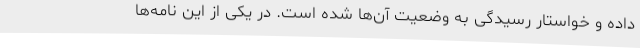
داده و خواستار رسیدگی به وضعیت آن‌ها شده است. در یکی از این نامه‌ها